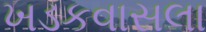
ખડકવાસલા